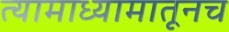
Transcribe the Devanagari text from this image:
त्यामाध्यामातूनच